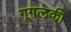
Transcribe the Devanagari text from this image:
गूगलकी